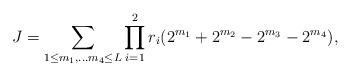
LaTeX: \begin{align*}J=\sum\limits_{1\leq m_{1},\ldots m_{4}\leq L}\prod\limits_{i=1}^{2}r_{i}(2^{m_{1}}+2^{m_{2}}-2^{m_{3}}-2^{m_{4}}),\end{align*}